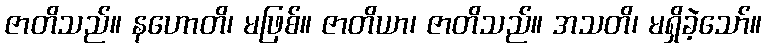
ဇာတိသည်။ နဟောတိ၊ မဖြစ်။ ဇာတိယာ၊ ဇာတိသည်။ အသတိ၊ မရှိခဲ့သော်။